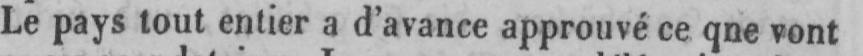
Le pays tout entier a d’avance approuvé ce que vont